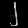
Digit: ၂